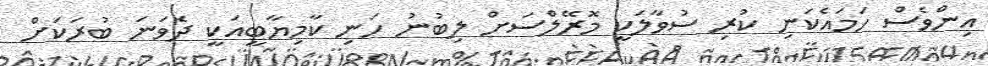
އިންވެސް ހަމައެކަނި ކުރި ސުވާލަކީ މޮރޭލްސަށް ލިބުނު ހަނި ކާމިޔާބީއަކީ ދެވަނަ ބުރަކަށް